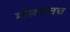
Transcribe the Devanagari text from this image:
मोसमातच